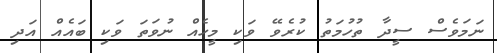
ނަމަވެސް ސީދާ ތުހުމަތު ކުރެވޭ ވަކި މީހެއް ނުވަތަ ވަކި ބައެއް އަދި